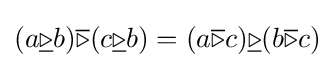
(a{\underline {\triangleright }}b){\overline {\triangleright }}(c{\underline {\triangleright }}b)=(a{\overline {\triangleright }}c){\underline {\triangleright }}(b{\overline {\triangleright }}c)